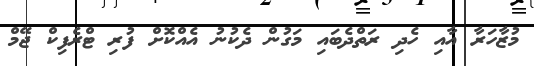
މުޒާހަރާ އާއި ހެދި ރަތްދެބައި މަގުން ދެކުނު އެއްކޮށް ފުރި ޓްރެފިކް ޖޭމް